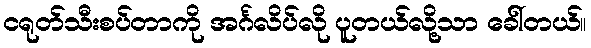
ငရုတ်သီးစပ်တာကို အင်္ဂလိပ်လို ပူတယ်လို့သာ ခေါ်တယ်။